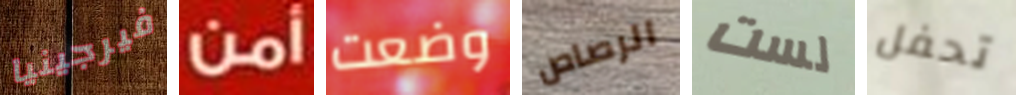
فيرجينيا أمن وضعت الرصاص لست تحفل